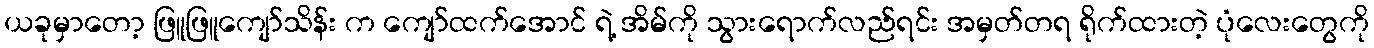
ယခုမှာတော့ ဖြူဖြူကျော်သိန်း က ကျော်ထက်အောင် ရဲ့ အိမ်ကို သွားရောက်လည်ရင်း အမှတ်တရ ရိုက်ထားတဲ့ ပုံလေးတွေကို